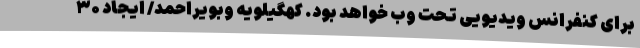
برای کنفرانس ویدیویی تحت وب خواهد بود. کهگیلویه وبویراحمد/ ایجاد ۳۰